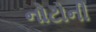
નોટોની